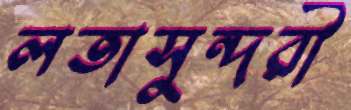
লতাসুন্দরী